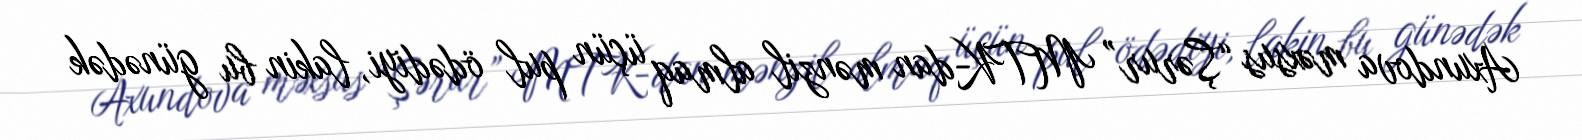
Axundova məxsus “Şərur” MTK-dan mənzil almaq üçün pul ödədiyi, lakin bu günədək